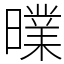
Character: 曗